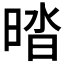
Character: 𰖔